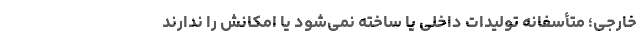
خارجی؛ متأسفانه تولیدات داخلی یا ساخته نمی‌شود یا امکانش را ندارند